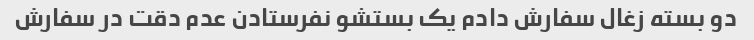
دو بسته زغال سفارش دادم یک بستشو نفرستادن عدم دقت در سفارش